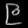
Digit: ၉